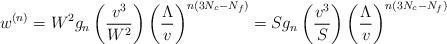
LaTeX: \begin{align*}w^{(n)}= W^2 g_n\left(\frac{v^3}{W^2}\right)\left(\frac{\Lambda}{v}\right)^{n(3N_c-N_f)}= S g_n\left(\frac{v^3}{S}\right)\left(\frac{\Lambda}{v}\right)^{n(3N_c-N_f)}\end{align*}